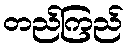
တည်ကြည်